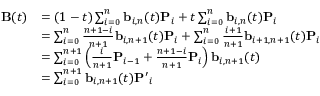
{ \begin{array} { r l } { \mathbf { B } ( t ) } & { = ( 1 - t ) \sum _ { i = 0 } ^ { n } \mathbf { b } _ { i , n } ( t ) \mathbf { P } _ { i } + t \sum _ { i = 0 } ^ { n } \mathbf { b } _ { i , n } ( t ) \mathbf { P } _ { i } } \\ & { = \sum _ { i = 0 } ^ { n } { \frac { n + 1 - i } { n + 1 } } \mathbf { b } _ { i , n + 1 } ( t ) \mathbf { P } _ { i } + \sum _ { i = 0 } ^ { n } { \frac { i + 1 } { n + 1 } } \mathbf { b } _ { i + 1 , n + 1 } ( t ) \mathbf { P } _ { i } } \\ & { = \sum _ { i = 0 } ^ { n + 1 } \left( { \frac { i } { n + 1 } } \mathbf { P } _ { i - 1 } + { \frac { n + 1 - i } { n + 1 } } \mathbf { P } _ { i } \right) \mathbf { b } _ { i , n + 1 } ( t ) } \\ & { = \sum _ { i = 0 } ^ { n + 1 } \mathbf { b } _ { i , n + 1 } ( t ) \mathbf { P ^ { \prime } } _ { i } } \end{array} }